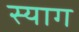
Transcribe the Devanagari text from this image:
स्याग